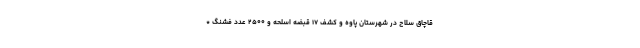
قاچاق سلاح در شهرستان پاوه و کشف ۱۷ قبضه اسلحه و ۲۵۰۰ عدد فشنگ *